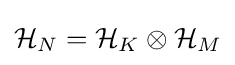
{\mathcal {H}}_{N}={\mathcal {H}}_{K}\otimes {\mathcal {H}}_{M}